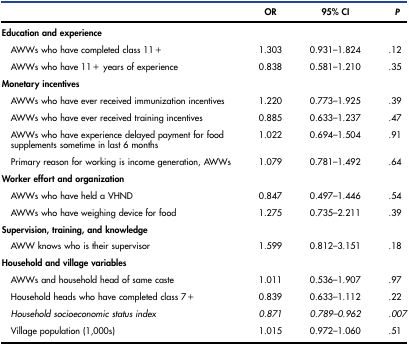
<table><thead><tr><td></td><td><b>OR</b></td><td><b>95% CI</b></td><td><b><i>P</i></b></td></tr></thead><tbody><tr><td><b>Education and experience</b></td><td></td><td></td><td></td></tr><tr><td>AWWs who have completed class 11+</td><td>1.303</td><td>0.931–1.824</td><td>.12</td></tr><tr><td>AWWs who have 11+ years of experience</td><td>0.838</td><td>0.581–1.210</td><td>.35</td></tr><tr><td><b>Monetary incentives</b></td><td></td><td></td><td></td></tr><tr><td>AWWs who have ever received immunization incentives</td><td>1.220</td><td>0.773–1.925</td><td>.39</td></tr><tr><td>AWWs who have ever received training incentives</td><td>0.885</td><td>0.633–1.237</td><td>.47</td></tr><tr><td>AWWs who have experience delayed payment for food supplements sometime in last 6 months</td><td>1.022</td><td>0.694–1.504</td><td>.91</td></tr><tr><td>Primary reason for working is income generation, AWWs</td><td>1.079</td><td>0.781–1.492</td><td>.64</td></tr><tr><td><b>Worker effort and organization</b></td><td></td><td></td><td></td></tr><tr><td>AWWs who have held a VHND</td><td>0.847</td><td>0.497–1.446</td><td>.54</td></tr><tr><td>AWWs who have weighing device for food</td><td>1.275</td><td>0.735–2.211</td><td>.39</td></tr><tr><td><b>Supervision, training, and knowledge</b></td><td></td><td></td><td></td></tr><tr><td>AWW knows who is their supervisor</td><td>1.599</td><td>0.812–3.151</td><td>.18</td></tr><tr><td><b>Household and village variables</b></td><td></td><td></td><td></td></tr><tr><td>AWWs and household head of same caste</td><td>1.011</td><td>0.536–1.907</td><td>.97</td></tr><tr><td>Household heads who have completed class 7+</td><td>0.839</td><td>0.633–1.112</td><td>.22</td></tr><tr><td><i>Household socioeconomic status index</i></td><td><i>0.871</i></td><td><i>0.789–0.962</i></td><td>.<i>007</i></td></tr><tr><td>Village population (1,000s)</td><td>1.015</td><td>0.972–1.060</td><td>.51</td></tr></tbody></table>